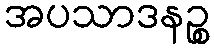
အပသာဒနဉ္စ